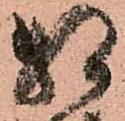
相